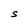
Character: S